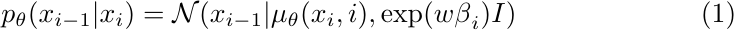
\begin{equation}\label{eq3}
    p_{\theta}(x_{i - 1} | x_{i}) = \mathcal{N}(x_{i - 1} | \mu_{\theta}(x_{i}, i),\mathrm{exp}({w \beta}_{i}){I})
\end{equation}